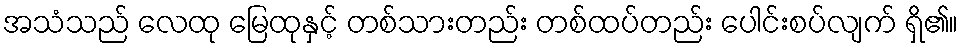
အသံသည် လေထု မြေထုနှင့် တစ်သားတည်း တစ်ထပ်တည်း ပေါင်းစပ်လျက် ရှိ၏။